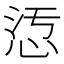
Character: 𢙁